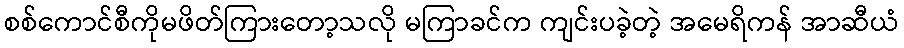
စစ်ကောင်စီကိုမဖိတ်ကြားတော့သလို မကြာခင်က ကျင်းပခဲ့တဲ့ အမေရိကန် အာဆီယံ